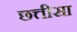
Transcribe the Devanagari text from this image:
छत्तीसा